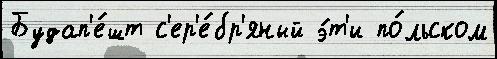
Будап'е́шт с'ер'е́бр'яный э́т'и по́льском